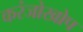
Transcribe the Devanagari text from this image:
करंजोखोप